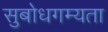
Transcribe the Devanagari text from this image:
सुबोधगम्यता